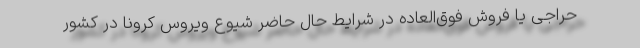
حراجی یا فروش فوق‌العاده در شرایط حال حاضر شیوع ویروس کرونا در کشور